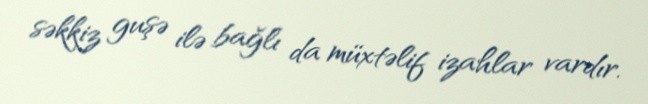
səkkiz guşə ilə bağlı da müxtəlif izahlar vardır.